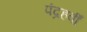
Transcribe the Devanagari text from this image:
पंद्रहवीँ